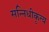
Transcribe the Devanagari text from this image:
सन्निधीकृत्य